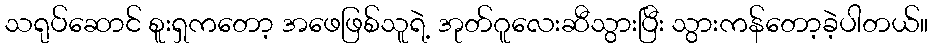
သရုပ်ဆောင် စူးရှကတော့ အဖေဖြစ်သူရဲ့ အုတ်ဂူလေးဆီသွားပြီး သွားကန်တော့ခဲ့ပါတယ်။